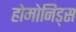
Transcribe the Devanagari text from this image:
होमोनिड्स